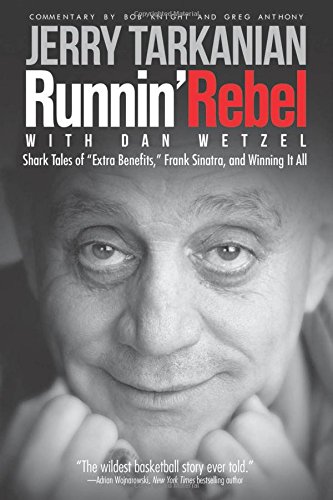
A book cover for Runnin' Rebel: Shark Tales of "Extra Benefits," Frank Sinatra, and Winning It All; Jerry Tarkanian; Biographies & Memoirs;